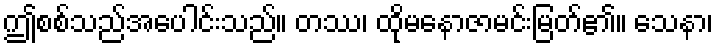
ဤစစ်သည်အပေါင်းသည်။ တဿ၊ ထိုမနောဇာမင်းမြတ်၏။ သေနာ၊